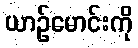
ယာဉ်မောင်းကို